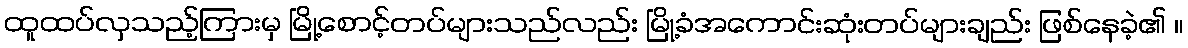
ထူထပ်လှသည့်ကြားမှ မြို့စောင့်တပ်များသည်လည်း မြို့ခံအကောင်းဆုံးတပ်များချည်း ဖြစ်နေခဲ့၏ ။